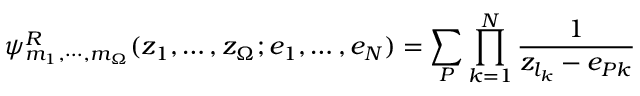
\psi _ { m _ { 1 } , \cdots , m _ { \Omega } } ^ { R } ( z _ { 1 } , \dots , z _ { \Omega } ; e _ { 1 } , \dots , e _ { N } ) = \sum _ { \cal P } \prod _ { k = 1 } ^ { N } \frac { 1 } { z _ { l _ { k } } - e _ { { \cal P } k } }